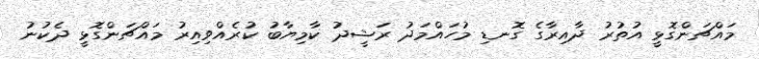
މައްޗަންގޮޅީ އުތުރު ދާއިރާގެ ގޮނޑި މުހައްމަދު ރަޝީދު ކާމިޔާބު ކުރެއްވިއިރު މައްޗަންގޮޅީ ދެކުނު